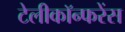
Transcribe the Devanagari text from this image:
टेलीकॉन्फरेंस